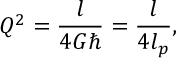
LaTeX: Q ^ { 2 } = { \frac { l } { 4 G \hbar } } = { \frac { l } { 4 l _ { p } } } ,